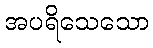
အပရိသေသော